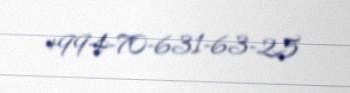
+994-70-631-63-25